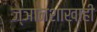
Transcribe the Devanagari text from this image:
ज्ञानशाखाही